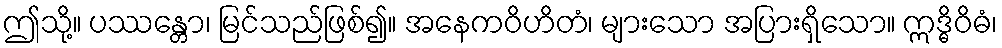
ဤသို့။ ပဿန္တော၊ မြင်သည်ဖြစ်၍။ အနေကဝိဟိတံ၊ များသော အပြားရှိသော။ ဣဒ္ဓိဝိဓံ၊